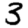
Digit: 3